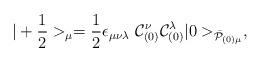
LaTeX: \begin{align*}|+{1\over 2}>_\mu = {1\over2} \epsilon_{\mu\nu\lambda}~{\cal C}_{(0)}^\nu{\cal C}_{(0)}^\lambda|0>_{\bar{\cal P}_{(0)\mu}},\end{align*}